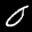
Label: 0